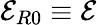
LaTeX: \mathcal{E}_{R0}\equiv\mathcal{E}